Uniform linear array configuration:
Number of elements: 4
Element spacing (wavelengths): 1
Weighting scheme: exponential
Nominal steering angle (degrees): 15
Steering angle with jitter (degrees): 16.124
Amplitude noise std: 0.05
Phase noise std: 0.05

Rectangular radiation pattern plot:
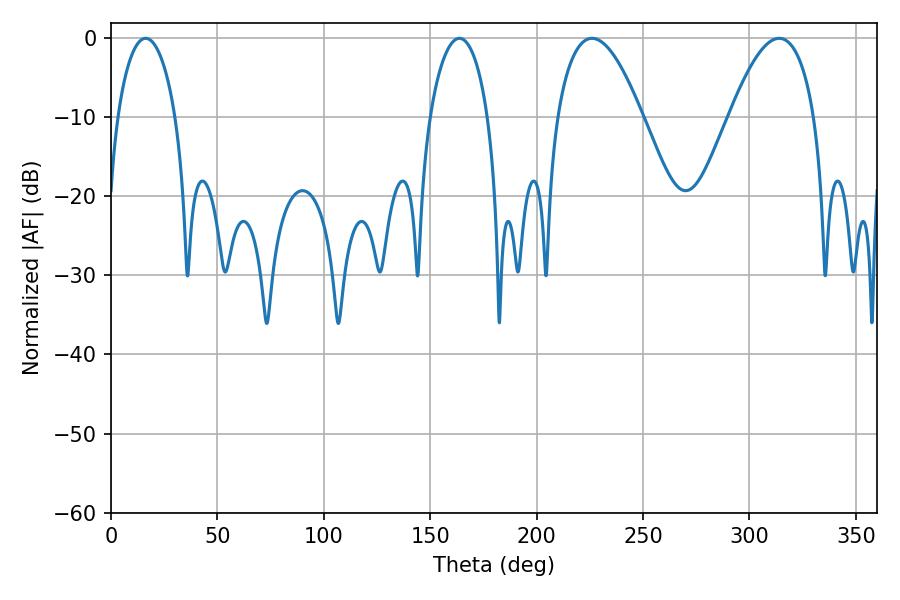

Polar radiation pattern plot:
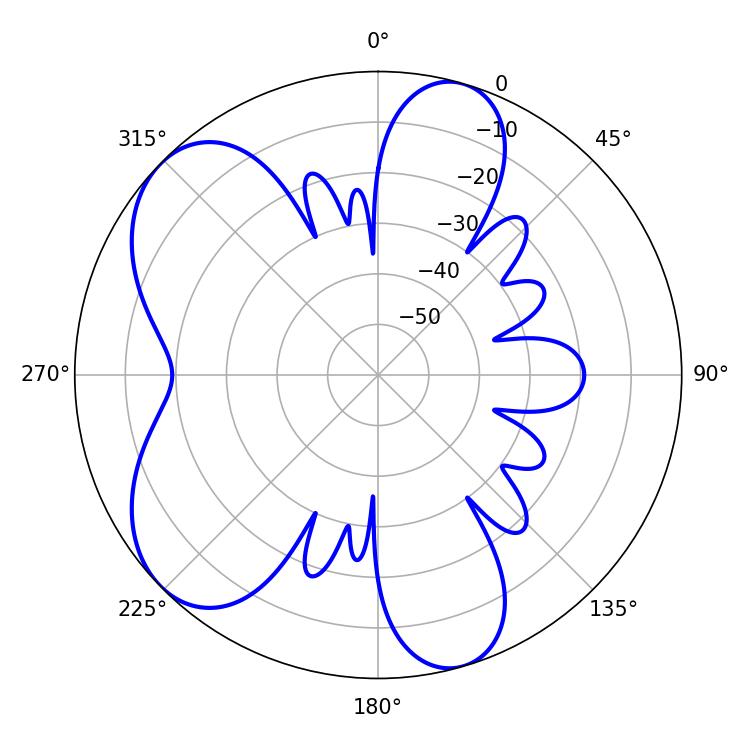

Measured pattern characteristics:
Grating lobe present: TRUE
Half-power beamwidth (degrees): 21.96
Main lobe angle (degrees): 226.08